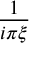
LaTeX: \frac { 1 } { i \pi \xi }